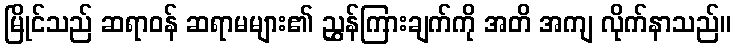
မြိုင်သည် ဆရာဝန် ဆရာမများ၏ ညွှန်ကြားချက်ကို အတိ အကျ လိုက်နာသည်။